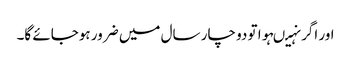
اور اگر نہیںہوا تو دو چار سال میں ضرور ہوجائے گا۔